Indian journal of veterinary science and animal husbandry - Volume 2,
Year: 1932
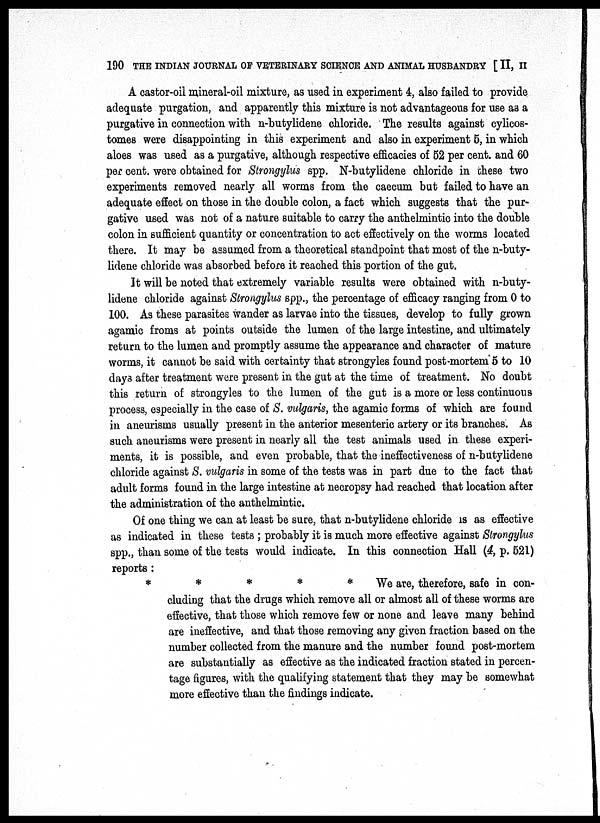
190 THE INDIAN JOURNAL OF VETERINARY SCIENCE AND ANIMAL HUSBANDRY [ II, II
A castor-oil mineral-oil mixture, as used in experiment 4, also failed to provide
adequate purgation, and apparently this mixture is not advantageous for use as a
purgative in connection with n-butylidene chloride. The results against cylicos¬
tomes were disappointing in this experiment and also in experiment 5, in which
aloes was used as a purgative, although respective efficacies of 52 per cent. and 60
per cent. were obtained for Strongylus spp. N-butylidene chloride in these two
experiments removed nearly all worms from the caecum but failed to have an
adequate effect on those in the double colon, a fact which suggests that the pur-
gative used was not of a nature suitable to carry the anthelmintic into the double
colon in sufficient quantity or concentration to act effectively on the worms located
there. It may be assumed from a theoretical standpoint that most of the n-buty-
lidene chloride was absorbed before it reached this portion of the gut.
It will be noted that extremely variable results were obtained with n-buty-
lidene chloride against Strongylus spp., the percentage of efficacy ranging from 0 to
100. As these parasites wander as larvae into the tissues, develop to fully grown
agamic froms at points outside the lumen of the large intestine, and ultimately
return to the lumen and promptly assume the appearance and character of mature
worms, it cannot be said with certainty that strongyles found post mortem 5 to 10
days after treatment were present in the gut at the time of treatment. No doubt
this return of strongyles to the lumen of the gut is a more or less continuous
process, especially in the case of S. vulgaris, the agamic forms of which are found
in aneurisms usually present in the anterior mesenteric artery or its branches. As
such aneurisms were present in nearly all the test animals used in these experi-
ments, it is possible, and even probable, that the ineffectiveness of n-butylidene
chloride against S. vulgaris in some of the tests was in part due to the fact that
adult forms found in the large intestine at necropsy had reached that location after
the administration of the anthelmintic.
Of one thing we can at least be sure, that n-butylidene chloride is as effective
as indicated in these tests ; probably it is much more effective against Strongylus
spp., than some of the tests would indicate. In this connection Hall (4, p. 521)
reports :
*****
We are, therefore, safe in con-
cluding that the drugs which remove all or almost all of these worms are
effective, that those which remove few or none and leave many behind
are ineffective, and that those removing any given fraction based on the
number collected from the manure and the number found post-mortem
are substantially as effective as the indicated fraction stated in percen-
tage figures, with the qualifying statement that they may be somewhat
more effective than the findings indicate.